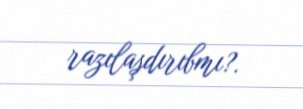
razılaşdırıbmı?.